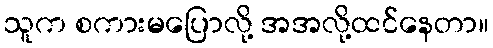
သူက စကားမပြောလို့ အအလို့ထင်နေတာ။